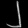
Digit: ၂